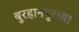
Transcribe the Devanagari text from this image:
बुरहानपुरच्या